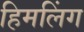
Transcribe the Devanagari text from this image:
हिमलिंग